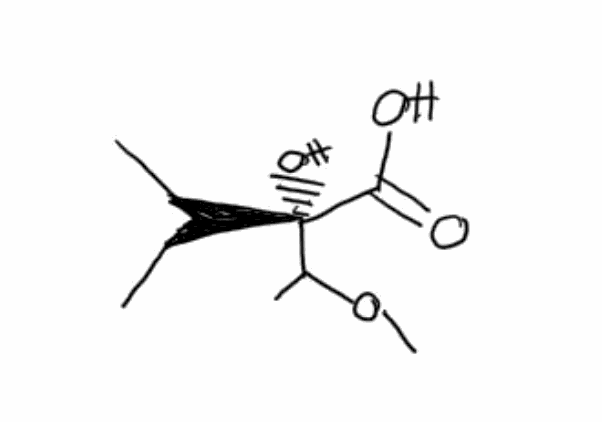
Simplified molecular-input line-entry system (SMILES) notation of the given molecule:
CC(C)[C@](C(C)OC)(C(=O)O)O